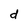
Character: d